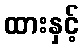
ထားနှင့်